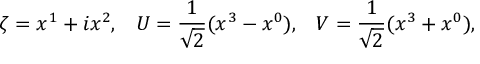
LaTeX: \zeta = x ^ { 1 } + i x ^ { 2 } , \; \; \; { U } = \frac { 1 } { \sqrt { 2 } } ( x ^ { 3 } - x ^ { 0 } ) , \; \; \; { V } = \frac { 1 } { \sqrt { 2 } } ( x ^ { 3 } + x ^ { 0 } ) ,